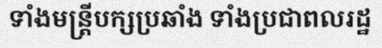
ទាំងមន្ត្រីបក្សប្រឆាំង ទាំងប្រជាពលរដ្ឋ